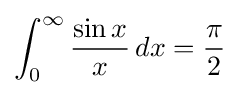
\int _{0}^{\infty }{\frac {\sin {x}}{x}}\,dx={\frac {\pi }{2}}